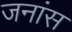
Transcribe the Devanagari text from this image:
जनांस